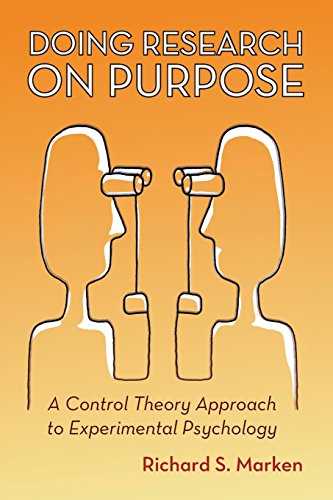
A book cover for Doing Research on Purpose: A Control Theory Approach to Experimental Psychology; Richard S. Marken; Medical Books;